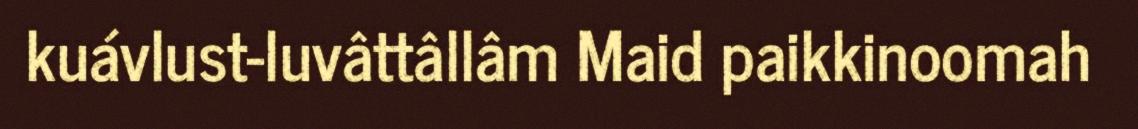
kuávlust-luvâttâllâm Maid paikkinoomah